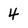
Character: 4